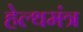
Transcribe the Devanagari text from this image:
हेल्थमंत्र